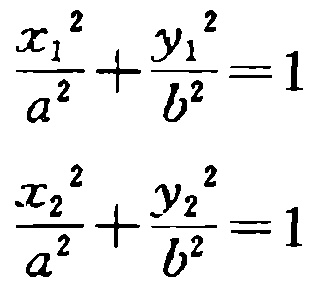
\[\frac{x_{1}^{2}}{a^{2}}+\frac{y_{1}^{2}}{b^{2}} = 1\]
\[\frac{x_{2}^{2}}{a^{2}}+\frac{y_{2}^{2}}{b^{2}} = 1\]